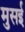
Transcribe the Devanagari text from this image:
मुसई